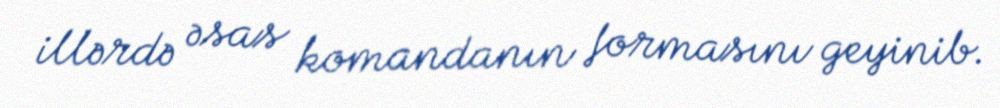
illərdə əsas komandanın formasını geyinib.